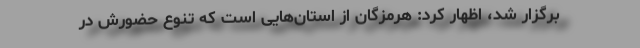
برگزار شد، اظهار کرد: هرمزگان از استان‌هایی است که تنوع حضورش در